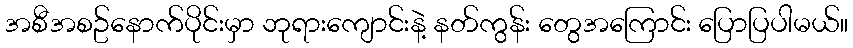
အစီအစဥ်နောက်ပိုင်းမှာ ဘုရားကျောင်းနဲ့ နတ်ကွန်း တွေအကြောင်း ပြောပြပါမယ်။